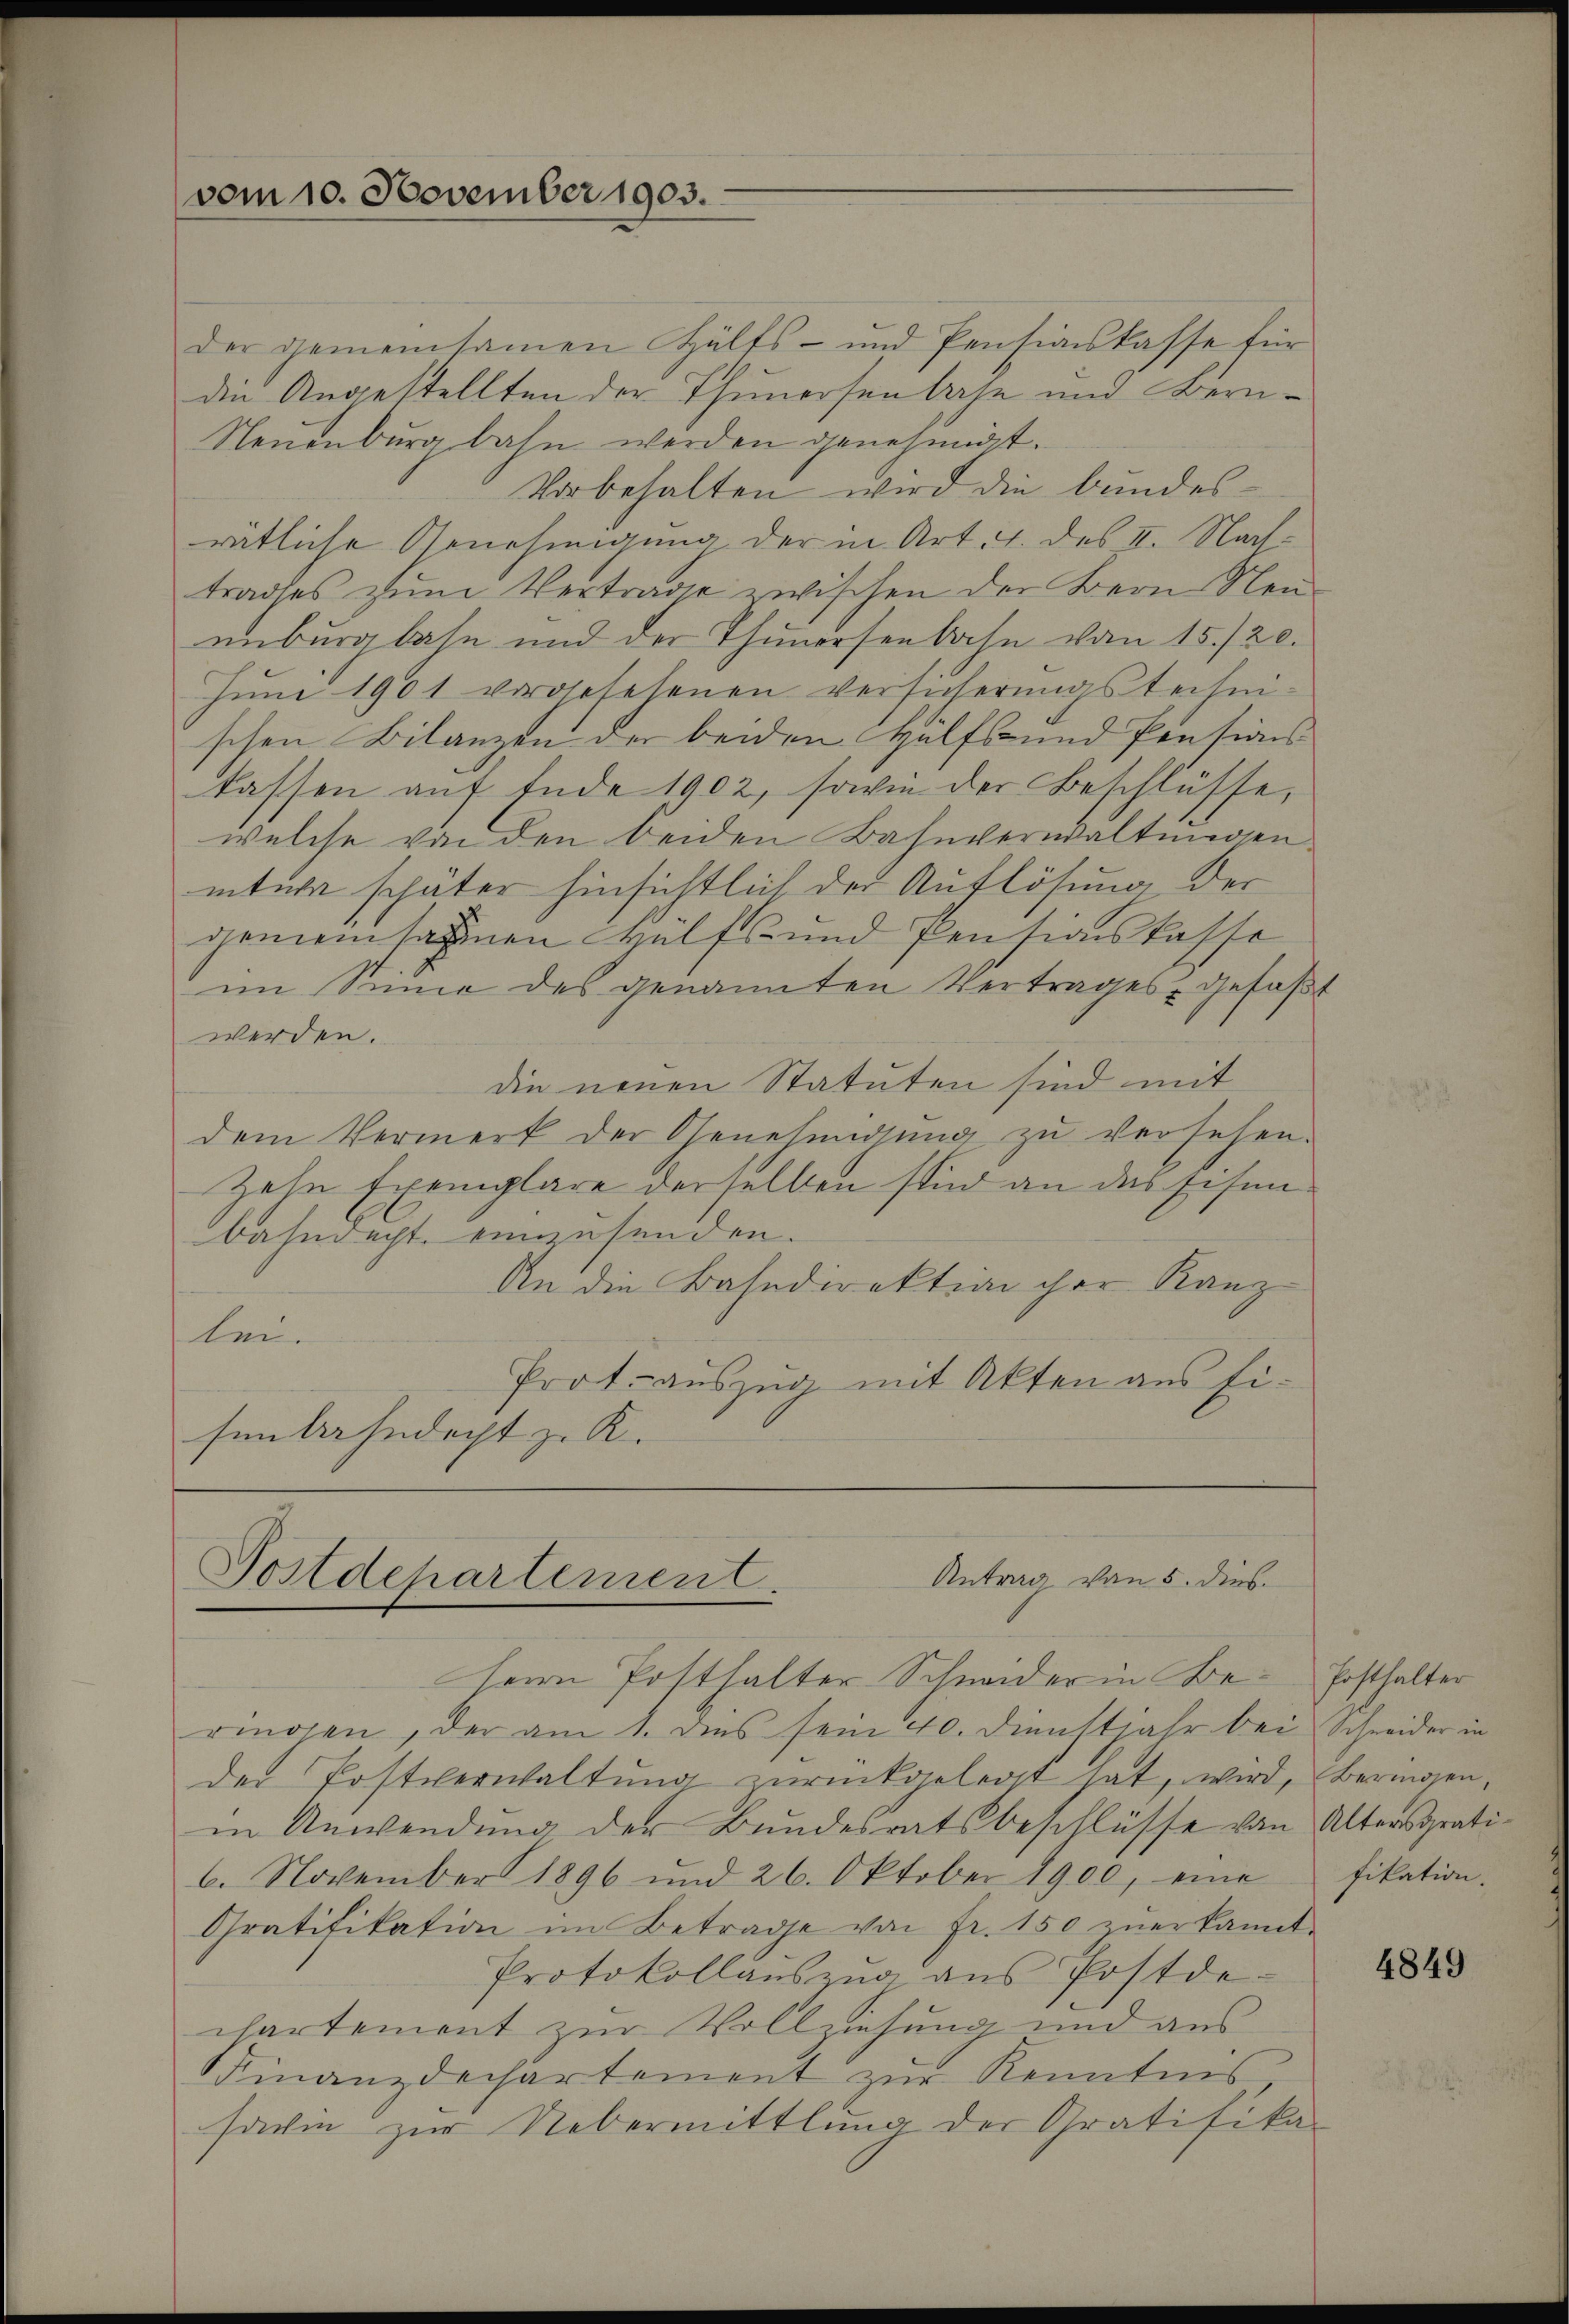
der gemeinsamen Hälfs- und Pensionskasse für
die Angestellten der Thunersenlage und Bern¬
Neuenburg bahn werden genehmigt.
Vorbehalten wird die bundesrätliche Genehmigung der in Art. 1. des II. Nachtrages zum Vertrage zwischen der Bern Neuunburgbahn und der Thunersenbahn vom 15./20.
Juni 1901 vorgesehenen Versicherungstechnischen Bilanzen der beiden Hülfs- und Pensions-
lassen auf Ende 1902, sowie der Beschlüsse,
welche von den beiden Bahnverwaltungen
iture später hinsichtlich der Auflösung der
gemeinsamen Hülfs- und Pensionskasse
im Sinne des genannten Vertrages gefaßt
werden.
die neuen Statuten sind mit
dem Vermerk der Genehmigŭng zŭ versehen.
zehn Exemplare derselben sind an das Eisenbahndacht einzusenden.
An die Bahndirektion ihre Kanzlei.
Prot. auszug mit Akten aus Ei-
senbahndacht zu K.

vom 10. November 1903.

Antrag von 5. dies
Postdepartement.
Herrn Posthalter Schweder in Be- Ersthalter

ringen, der am 1. dies sein 40. Dienstjahr bei Schneider in
der Postverwaltŭng zŭrückgelegt hat, wird, beringen,
in Anwendung der Bundesratsbeschlüsse von Altersgrati-
6. November 1896 und 26. Oktober 1900, eine fikation.
Gratifikation im Betrage von fr. 150 zŭerkannt.
Protokollaŭszŭg ans Postde-
chartement zur Vollziehung und aus
Finanzdechartement zur Kenntnis
sarie zur Uebermittlung der Gratifika-

4849